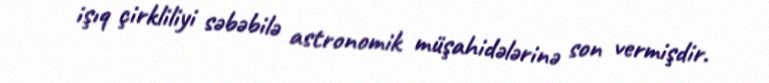
işıq çirkliliyi səbəbilə astronomik müşahidələrinə son vermişdir.